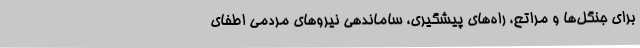
برای جنگل‌ها و مراتع، راه‌های پیشگیری، ساماندهی نیروهای مردمی اطفای